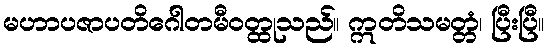
မဟာပဇာပတိဂေါတမီဝတ္ထုသည်။ ဣတိသမတ္တံ၊ ပြီးပြီ။